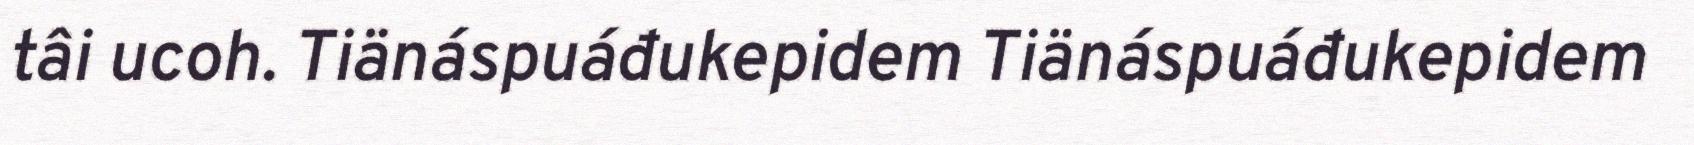
tâi ucoh. Tiänáspuáđukepidem Tiänáspuáđukepidem